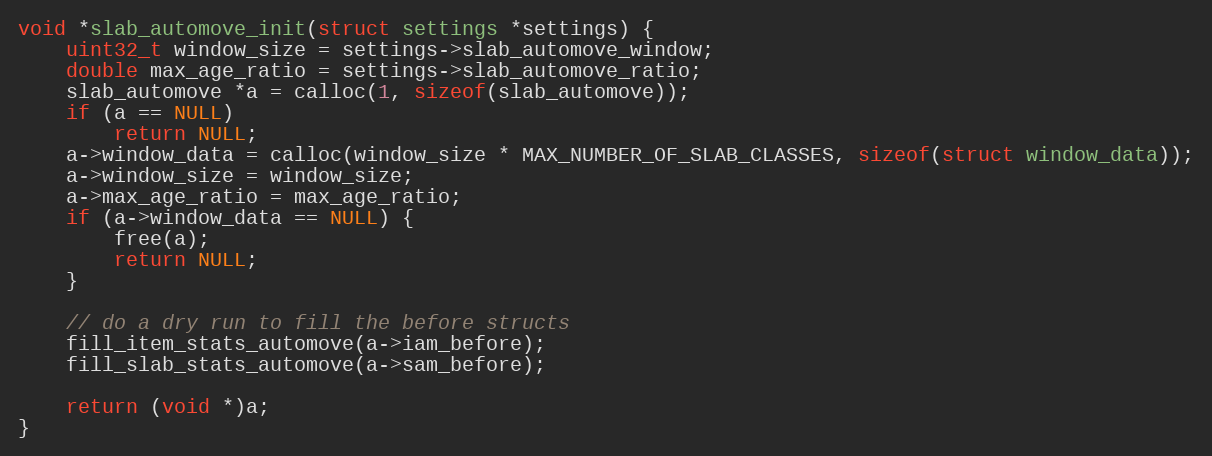
Language: C
void *slab_automove_init(struct settings *settings) {
    uint32_t window_size = settings->slab_automove_window;
    double max_age_ratio = settings->slab_automove_ratio;
    slab_automove *a = calloc(1, sizeof(slab_automove));
    if (a == NULL)
        return NULL;
    a->window_data = calloc(window_size * MAX_NUMBER_OF_SLAB_CLASSES, sizeof(struct window_data));
    a->window_size = window_size;
    a->max_age_ratio = max_age_ratio;
    if (a->window_data == NULL) {
        free(a);
        return NULL;
    }

    // do a dry run to fill the before structs
    fill_item_stats_automove(a->iam_before);
    fill_slab_stats_automove(a->sam_before);

    return (void *)a;
}